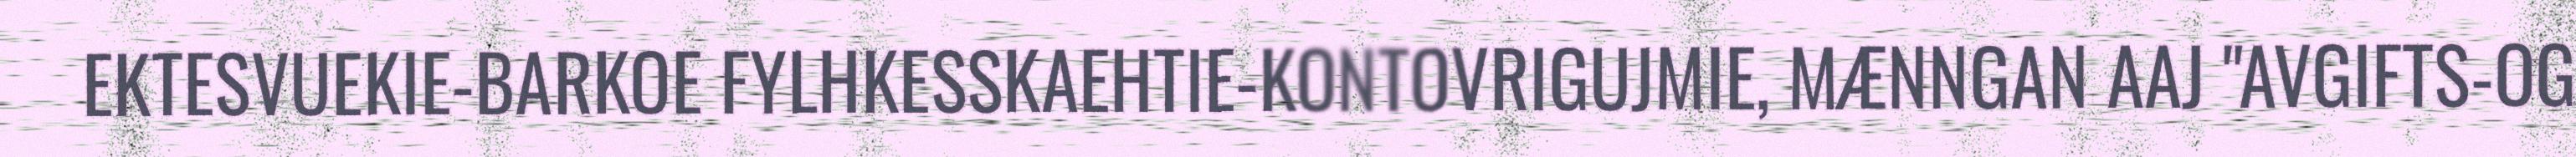
EKTESVUEKIE-BARKOE FYLHKESSKAEHTIE-KONTOVRIGUJMIE, MÆNNGAN AAJ "AVGIFTS-OG